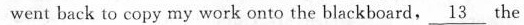
went back to copy my work onto the blackboard, \underline{13} the